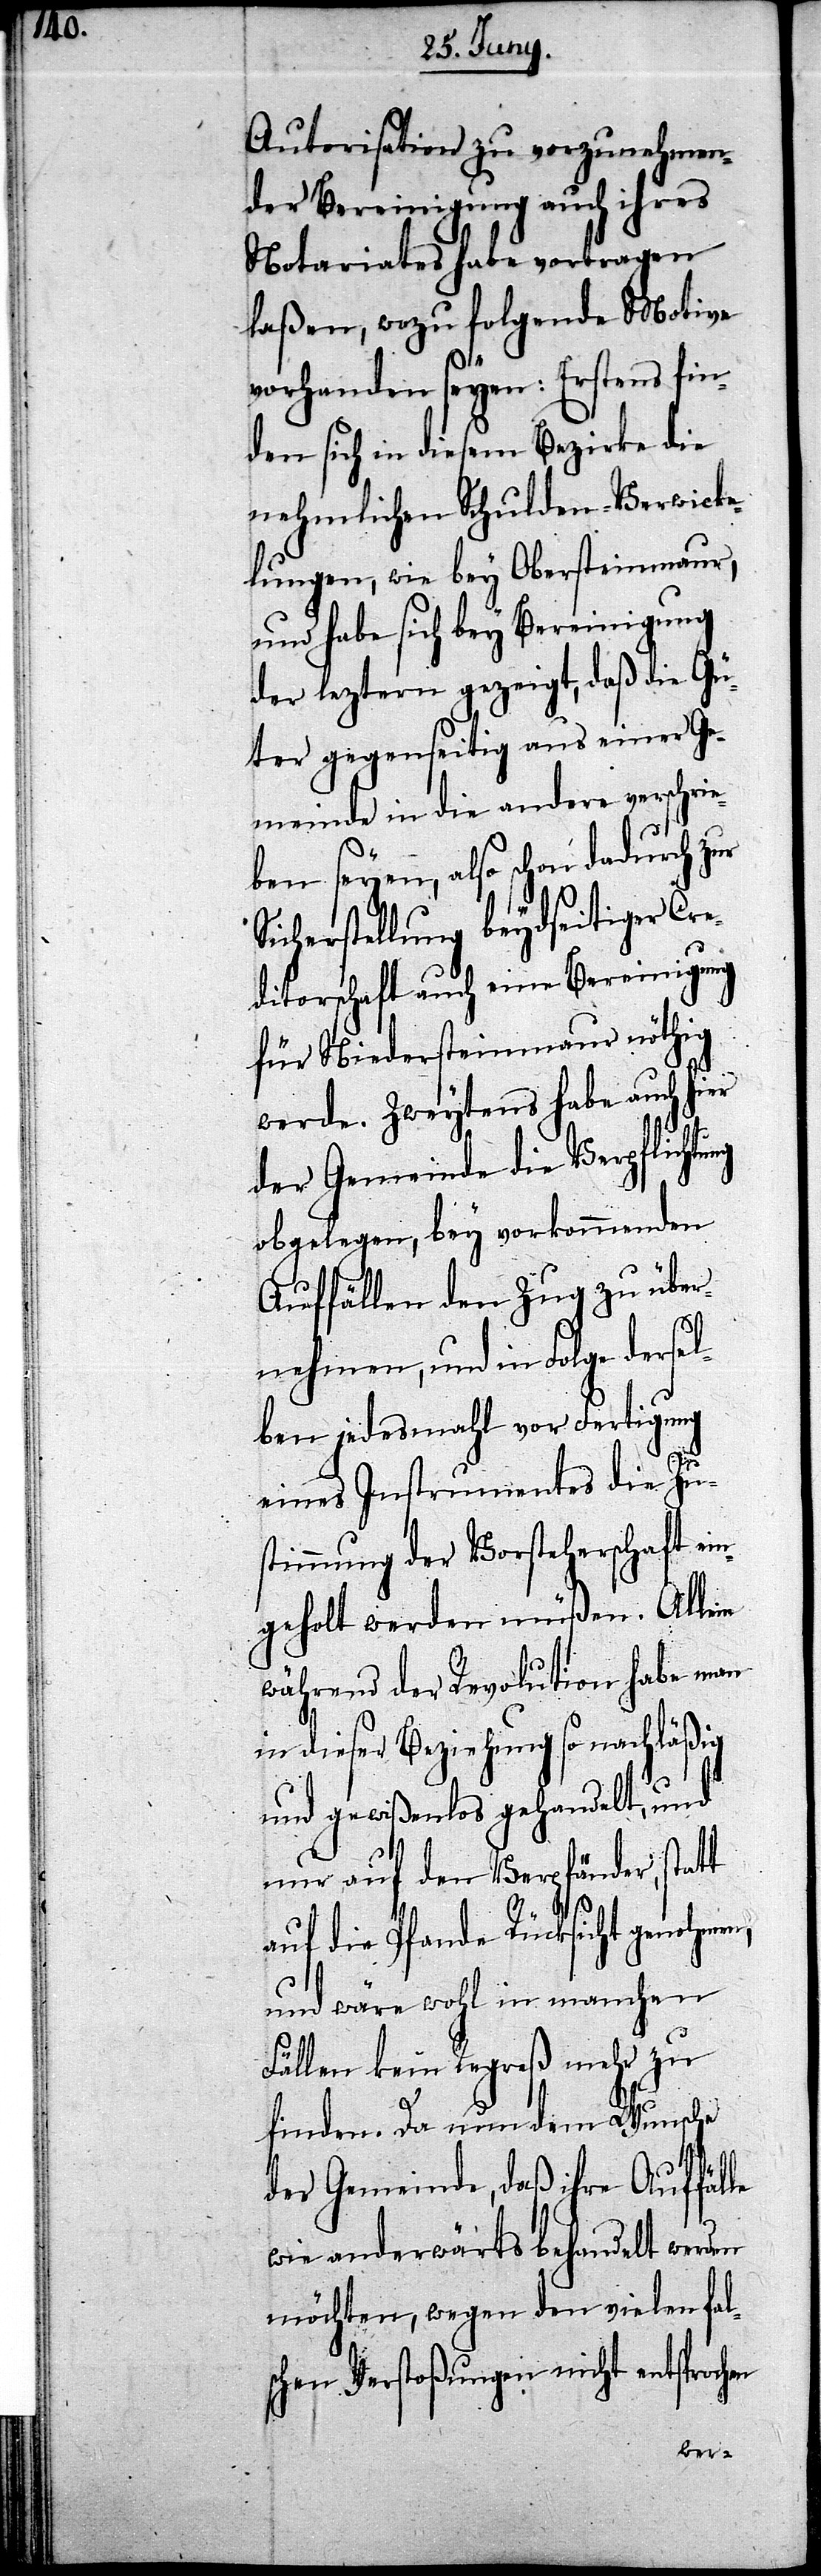
Autorisation zu vorzunehmen¬
der Bereinigung auch ihres
Notariats habe vortragen
laßen, wozu folgende Motive
vorhanden seyen: Erstens fin¬
den sich in diesem Bezirke die
nahmlichen Schulden-Verwick¬
lungen, wie bey Obersteinmaur,
und habe sich bey Bereinigung
der leztern gezeigt, daß die Gü¬
ter gegenseitig aus einer Ge¬
meinde in die andere verschrie¬
ben seyen, also schon dadurch zur
Sicherstellung beydseitiger Cre¬
ditorschaft auch eine Bereinigung
für Niedersteinmaur nöthig
werde. Zweytens habe auch hier
der Gemeinde die Verpflicht¬
obgelegen, bey vorkommenden
Auffällen den Zug zu über¬
en
nehmen, und in Folge derse¬
lben jedesmahl vor Fertigung
eines Instrumentes die Zu¬
stimmung der Vorsteherschaft ein¬
geholt werden müßen. Allein
während der Revolution habe man
in dieser Beziehung so nachläßig
und gewißenlos gehandelt, und
nur auf den Verpfänder, statt
auf die Pfande Rücksicht genohmen,
und wäre wohl in manchen
Fällen kein Repreß mehr zu
finden. Da nun dem Wunsche
der Gemeinde, daß ihre Auffälle
wie anderwärts behandelt werden
möchten, wegen den vielen fals¬
chen Verstoßungen nicht entsproch¬